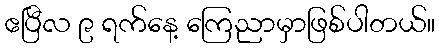
ဧပြီလ ၉ ရက်နေ့ ကြေညာမှာဖြစ်ပါတယ်။